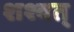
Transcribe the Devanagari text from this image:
शश्वत्